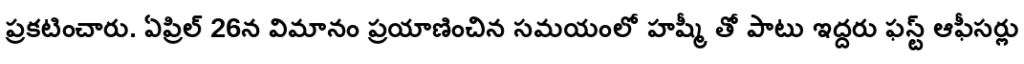
ప్రకటించారు. ఏప్రిల్ 26న విమానం ప్రయాణించిన సమయంలో హష్మీ తో పాటు ఇద్దరు ఫస్ట్ ఆఫీసర్లు